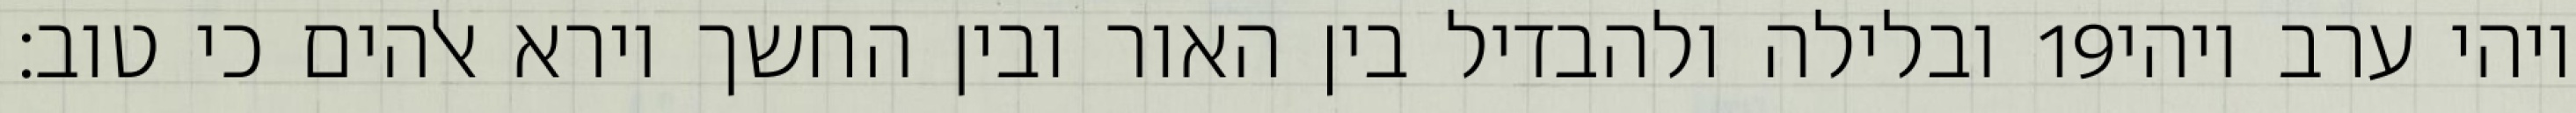
ובלילה ולהבדיל בין האור ובין החשך וירא אלהים כי טוב׃ ‎19‏ ויהי ערב ויהי